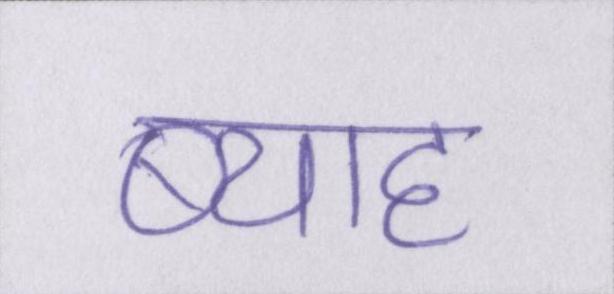
ब्याह